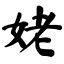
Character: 姥